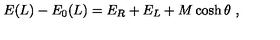
E ( L ) - E _ { 0 } ( L ) = E _ { R } + E _ { L } + M \cosh \theta \ ,